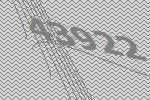
43922